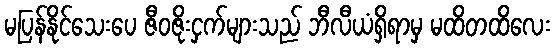
မပြန်နိုင်သေးပေ ဇီဝဇိုးငှက်များသည် ဘီလီယံရှိရာမှ မထိတထိလေး